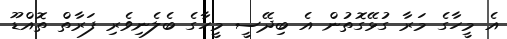
އެ މީހާގެ މަރާ ގުޅޭގޮތުން އެ ބިދޭސީ މީހާގެ ބެލެނިވެރި ފަރާތް ތޮއްޑޫ